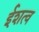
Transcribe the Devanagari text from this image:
ईशत्व